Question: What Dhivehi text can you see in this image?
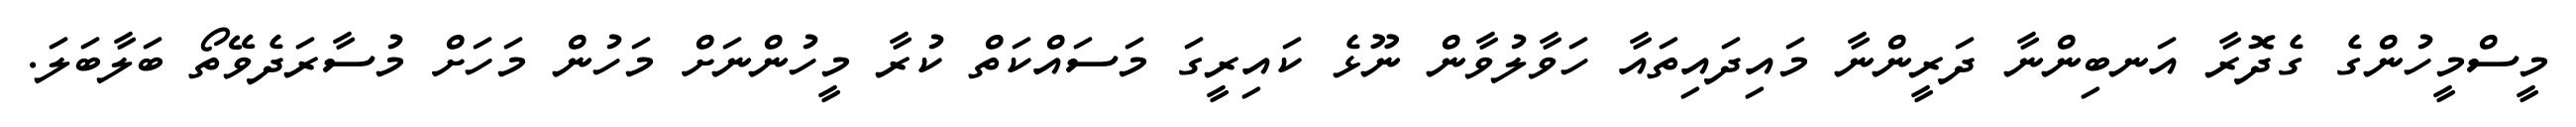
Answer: މީސްމީހުންގެ ގެދޮރާ އަނބިންނާ ދަރީންނާ މައިދައިތައާ ހަވާލުވާން ނޫޅެ ކައިރީގަ މަސައްކަތް ކުރާ މީހުންނަށް މަހުން މަހަށް މުސާރަދެވޭތޯ ބަލާބަލަ.